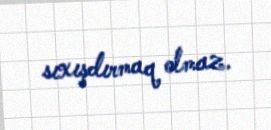
sıxışdırmaq olmaz.